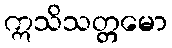
ဣသိသတ္တမော